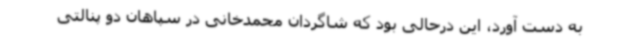
به دست آورد، این درحالی بود که شاگردان محمدخانی در سپاهان دو پنالتی